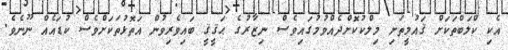
އެކި ކްލަބްތަކަށް ޤައުމީތަށި މިލްކުކޮށްދެއްވުމުގައިވެސް ނިޒާރުގެ ޙަޤީޤީ ބައިވެރިވުން އަތޮޅުތަކަށްވެސް ކުޑައެއް ނޫނެވެ.